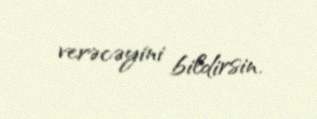
verəcəyini bildirsin.